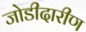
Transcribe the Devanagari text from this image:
जोडीदारीण